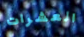
العشرات